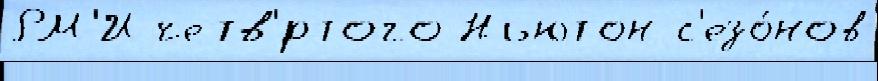
РМ'И четв'́ртого Ньютон с'езо́нов